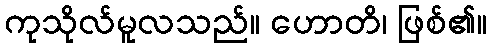
ကုသိုလ်မူလသည်။ ဟောတိ၊ ဖြစ်၏။